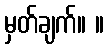
မှတ်ချက်။ ။